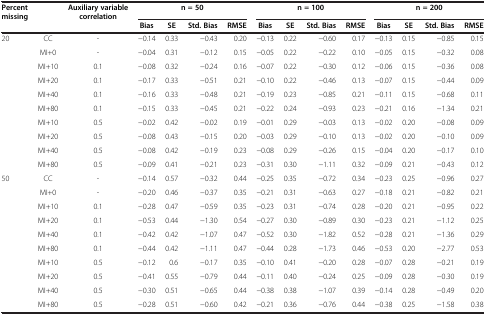
<table><thead><tr><td><b>Percent missing</b></td><td><b> </b></td><td><b>Auxiliary variable correlation</b></td><td colspan="4"><b>n = 50</b></td><td colspan="4"><b>n = 100</b></td><td colspan="4"><b>n = 200</b></td></tr><tr><td><b> </b></td><td><b> </b></td><td><b> </b></td><td><b>Bias</b></td><td><b>SE</b></td><td><b>Std. Bias</b></td><td><b>RMSE</b></td><td><b>Bias</b></td><td><b>SE</b></td><td><b>Std. Bias</b></td><td><b>RMSE</b></td><td><b>Bias</b></td><td><b>SE</b></td><td><b>Std. Bias</b></td><td><b>RMSE</b></td></tr></thead><tbody><tr><td>20</td><td>CC</td><td>-</td><td>−0.14</td><td>0.33</td><td>−0.43</td><td>0.20</td><td>−0.13</td><td>0.22</td><td>−0.60</td><td>0.17</td><td>−0.13</td><td>0.15</td><td>−0.85</td><td>0.15</td></tr><tr><td> </td><td>MI+0</td><td>-</td><td>−0.04</td><td>0.31</td><td>−0.12</td><td>0.15</td><td>−0.05</td><td>0.22</td><td>−0.22</td><td>0.10</td><td>−0.05</td><td>0.15</td><td>−0.32</td><td>0.08</td></tr><tr><td> </td><td>MI+10</td><td>0.1</td><td>−0.08</td><td>0.32</td><td>−0.24</td><td>0.16</td><td>−0.07</td><td>0.22</td><td>−0.30</td><td>0.12</td><td>−0.06</td><td>0.15</td><td>−0.36</td><td>0.08</td></tr><tr><td> </td><td>MI+20</td><td>0.1</td><td>−0.17</td><td>0.33</td><td>−0.51</td><td>0.21</td><td>−0.10</td><td>0.22</td><td>−0.46</td><td>0.13</td><td>−0.07</td><td>0.15</td><td>−0.44</td><td>0.09</td></tr><tr><td> </td><td>MI+40</td><td>0.1</td><td>−0.16</td><td>0.33</td><td>−0.48</td><td>0.21</td><td>−0.19</td><td>0.23</td><td>−0.85</td><td>0.21</td><td>−0.11</td><td>0.15</td><td>−0.68</td><td>0.11</td></tr><tr><td> </td><td>MI+80</td><td>0.1</td><td>−0.15</td><td>0.33</td><td>−0.45</td><td>0.21</td><td>−0.22</td><td>0.24</td><td>−0.93</td><td>0.23</td><td>−0.21</td><td>0.16</td><td>−1.34</td><td>0.21</td></tr><tr><td> </td><td>MI+10</td><td>0.5</td><td>−0.02</td><td>0.42</td><td>−0.02</td><td>0.19</td><td>−0.01</td><td>0.29</td><td>−0.03</td><td>0.13</td><td>−0.02</td><td>0.20</td><td>−0.08</td><td>0.09</td></tr><tr><td> </td><td>MI+20</td><td>0.5</td><td>−0.08</td><td>0.43</td><td>−0.15</td><td>0.20</td><td>−0.03</td><td>0.29</td><td>−0.10</td><td>0.13</td><td>−0.02</td><td>0.20</td><td>−0.10</td><td>0.09</td></tr><tr><td> </td><td>MI+40</td><td>0.5</td><td>−0.08</td><td>0.42</td><td>−0.19</td><td>0.23</td><td>−0.08</td><td>0.29</td><td>−0.26</td><td>0.15</td><td>−0.04</td><td>0.20</td><td>−0.17</td><td>0.10</td></tr><tr><td> </td><td>MI+80</td><td>0.5</td><td>−0.09</td><td>0.41</td><td>−0.21</td><td>0.23</td><td>−0.31</td><td>0.30</td><td>−1.11</td><td>0.32</td><td>−0.09</td><td>0.21</td><td>−0.43</td><td>0.12</td></tr><tr><td>50</td><td>CC</td><td>-</td><td>−0.14</td><td>0.57</td><td>−0.32</td><td>0.44</td><td>−0.25</td><td>0.35</td><td>−0.72</td><td>0.34</td><td>−0.23</td><td>0.25</td><td>−0.96</td><td>0.27</td></tr><tr><td> </td><td>MI+0</td><td>-</td><td>−0.20</td><td>0.46</td><td>−0.37</td><td>0.35</td><td>−0.21</td><td>0.31</td><td>−0.63</td><td>0.27</td><td>−0.18</td><td>0.21</td><td>−0.82</td><td>0.21</td></tr><tr><td> </td><td>MI+10</td><td>0.1</td><td>−0.28</td><td>0.47</td><td>−0.59</td><td>0.35</td><td>−0.23</td><td>0.31</td><td>−0.74</td><td>0.28</td><td>−0.20</td><td>0.21</td><td>−0.95</td><td>0.22</td></tr><tr><td> </td><td>MI+20</td><td>0.1</td><td>−0.53</td><td>0.44</td><td>−1.30</td><td>0.54</td><td>−0.27</td><td>0.30</td><td>−0.89</td><td>0.30</td><td>−0.23</td><td>0.21</td><td>−1.12</td><td>0.25</td></tr><tr><td> </td><td>MI+40</td><td>0.1</td><td>−0.42</td><td>0.42</td><td>−1.07</td><td>0.47</td><td>−0.52</td><td>0.30</td><td>−1.82</td><td>0.52</td><td>−0.28</td><td>0.21</td><td>−1.36</td><td>0.29</td></tr><tr><td> </td><td>MI+80</td><td>0.1</td><td>−0.44</td><td>0.42</td><td>−1.11</td><td>0.47</td><td>−0.44</td><td>0.28</td><td>−1.73</td><td>0.46</td><td>−0.53</td><td>0.20</td><td>−2.77</td><td>0.53</td></tr><tr><td> </td><td>MI+10</td><td>0.5</td><td>−0.12</td><td>0.6</td><td>−0.17</td><td>0.35</td><td>−0.10</td><td>0.41</td><td>−0.20</td><td>0.28</td><td>−0.07</td><td>0.28</td><td>−0.21</td><td>0.19</td></tr><tr><td> </td><td>MI+20</td><td>0.5</td><td>−0.41</td><td>0.55</td><td>−0.79</td><td>0.44</td><td>−0.11</td><td>0.40</td><td>−0.24</td><td>0.25</td><td>−0.09</td><td>0.28</td><td>−0.30</td><td>0.19</td></tr><tr><td> </td><td>MI+40</td><td>0.5</td><td>−0.30</td><td>0.51</td><td>−0.65</td><td>0.44</td><td>−0.38</td><td>0.38</td><td>−1.07</td><td>0.39</td><td>−0.14</td><td>0.28</td><td>−0.49</td><td>0.20</td></tr><tr><td> </td><td>MI+80</td><td>0.5</td><td>−0.28</td><td>0.51</td><td>−0.60</td><td>0.42</td><td>−0.21</td><td>0.36</td><td>−0.76</td><td>0.44</td><td>−0.38</td><td>0.25</td><td>−1.58</td><td>0.38</td></tr></tbody></table>